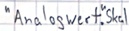
Text: "Analogwert".Skal